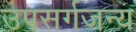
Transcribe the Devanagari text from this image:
उपसर्गजन्य